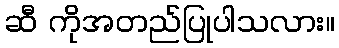
ဆီ ကိုအတည်ပြုပါသလား။